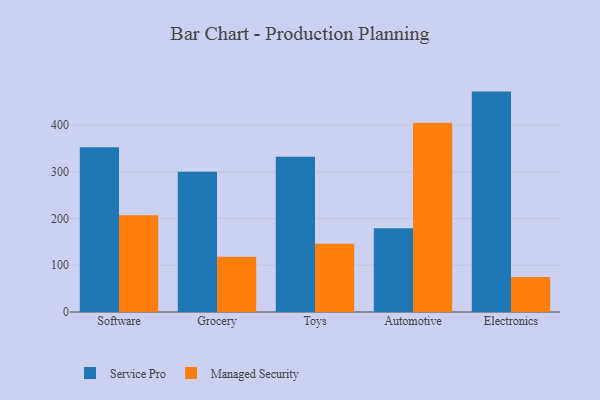
{"axis": {"x": "Category", "y": "Active Users"}, "legend": ["Managed Security", "Service Pro"], "data": [{"x": "Software", "y": 352.6, "type": "Service Pro"}, {"x": "Software", "y": 207.1, "type": "Managed Security"}, {"x": "Grocery", "y": 300.1, "type": "Service Pro"}, {"x": "Grocery", "y": 118.2, "type": "Managed Security"}, {"x": "Toys", "y": 331.9, "type": "Service Pro"}, {"x": "Toys", "y": 146.2, "type": "Managed Security"}, {"x": "Automotive", "y": 179.0, "type": "Service Pro"}, {"x": "Automotive", "y": 404.9, "type": "Managed Security"}, {"x": "Electronics", "y": 471.4, "type": "Service Pro"}, {"x": "Electronics", "y": 74.8, "type": "Managed Security"}]}